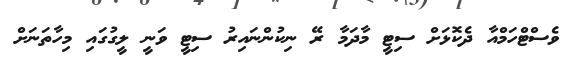
ވެސްޓްހަމްއާ ދެކޮޅަށް ސިޓީ މާދަމާ ރޭ ނިކުންނައިރު ސިޓީ ވަނީ ލީގުގައި މިހާތަނަށް